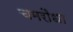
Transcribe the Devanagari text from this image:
चमरौधा